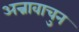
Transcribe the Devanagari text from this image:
अन्नावाचुन